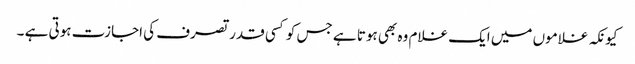
کیونکہ غلاموں میں ایک غلام وہ بھی ہوتا ہے جس کو کسی قدر تصرف کی اجازت ہوتی ہے ۔